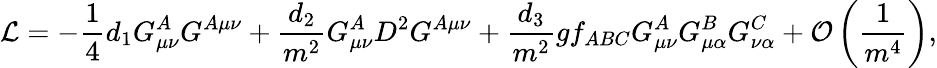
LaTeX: {\cal L}=-{\frac{1}{4}}d_{1}G_{\mu\nu}^{A}G^{A\mu\nu}+{\frac{d_{2}}{m^{2}}}G_{\mu\nu}^{A}D^{2}G^{A\mu\nu}+{\frac{d_{3}}{m^{2}}}gf_{ABC}G_{\mu\nu}^{A}G_{\mu\alpha}^{B}G_{\nu\alpha}^{C}+{\cal O}\left({\frac{1}{m^{4}}}\right),